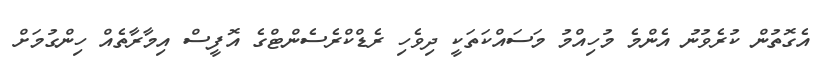
އެގޮތުން ކުރެވުނު އެންމެ މުހިއްމު މަސައްކަތަކީ ދިވެހި ރެޑްކްރެސެންޓްގެ އޮފީސް އިމާރާތެއް ހިންގުމަށް